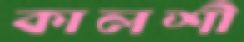
কালশী